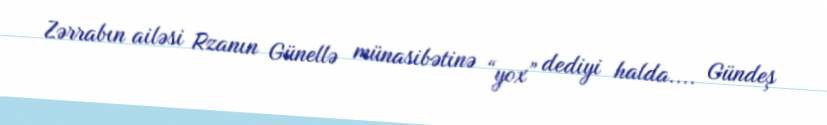
Zərrabın ailəsi Rzanın Günellə münasibətinə “yox” dediyi halda.... Gündeş